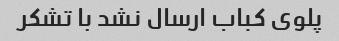
پلوی کباب ارسال نشد با تشکر